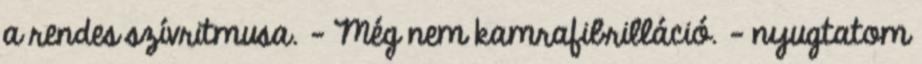
a rendes szívritmusa. - Még nem kamrafibrilláció. – nyugtatom